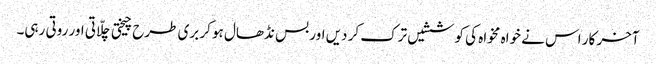
آخر کار اس نے خواہ مخواہ کی کوششیں ترک کر دیں اور بس نڈھال ہو کر بری طرح چیختی چلّاتی اور روتی رہی۔